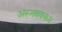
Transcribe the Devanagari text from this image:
अरूमबक्कम